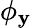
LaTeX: \phi_{\mathbf{y}}